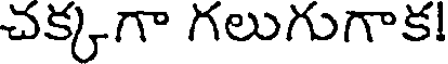
చక్కగా గలుగుగాక!